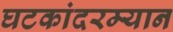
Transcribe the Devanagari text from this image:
घटकांदरम्यान